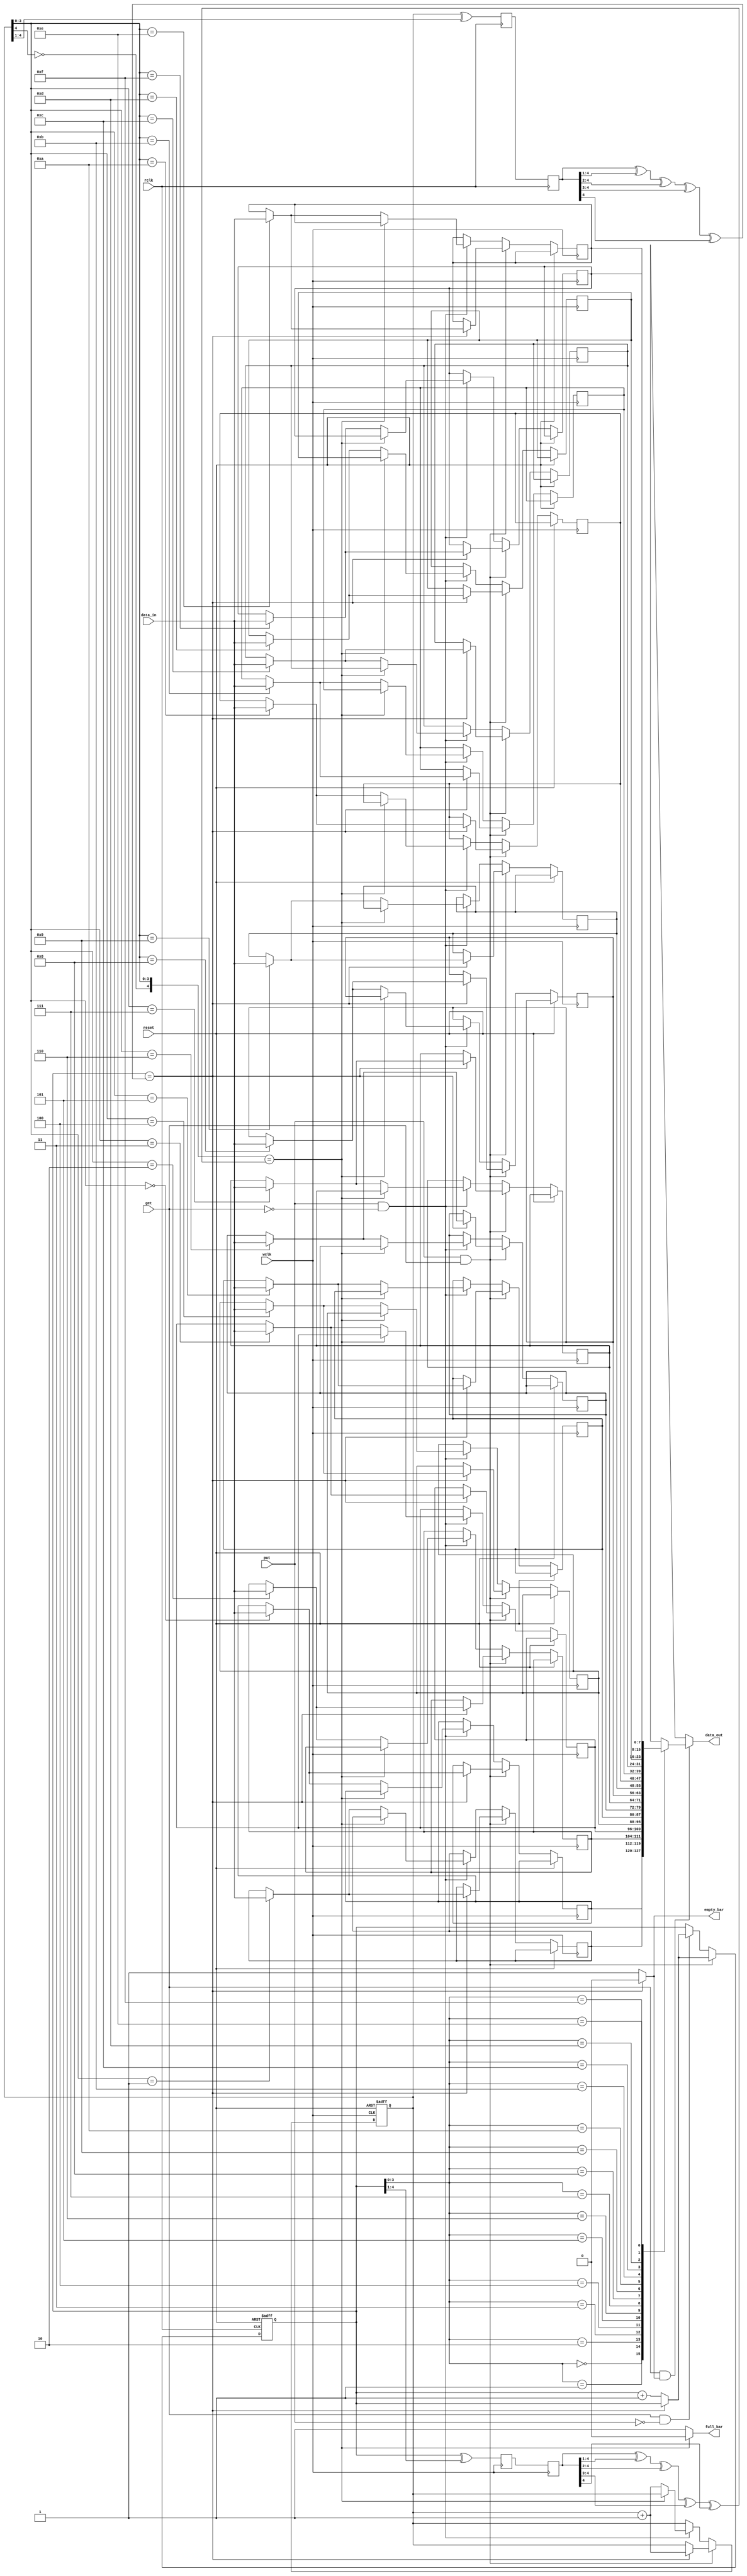
// Code by Shashank Shviashankar: Asynchronous FIFO using (N+1)-bit pointers and gray code conversions
// Reference [1]:  https://github.com/JonathanJing/Asynchronous-FIFO
// Reference [2]: https://www.verilogpro.com/asynchronous-fifo-design/


`timescale 1ns/100ps

module fifo1 #(parameter DEPTH = 16, parameter DATA_WIDTH = 8) (rclk, wclk, reset, put, get, data_in, empty_bar, full_bar, data_out);

function integer log;
 input integer n;
 begin
   log = 0;
   while(2**log < n)
   begin
     log = log + 1; 
   end
 end
endfunction

integer i; 
parameter ADDR_WIDTH = log(DEPTH);

input rclk, wclk, reset, put, get; 
input [DATA_WIDTH-1:0] data_in;

output empty_bar, full_bar;
output [DATA_WIDTH-1:0] data_out;

reg [ADDR_WIDTH:0] wptr, wptr_s, wptr_ss;
reg [ADDR_WIDTH:0] rptr, rptr_s, rptr_ss;

wire [ADDR_WIDTH:0] wptr_bin, wptr_gray;
wire [ADDR_WIDTH:0] rptr_bin, rptr_gray; 

reg [DATA_WIDTH-1:0] fifomem [DEPTH-1:0]; 

// Read pointer synchronized to the writer's side
always@(posedge wclk)
begin
  rptr_s <= rptr_gray;
  rptr_ss <= rptr_s; 
end

// Write pointer synchronized to the reader's side
always@(posedge rclk)
begin
  wptr_s <= wptr_gray;
  wptr_ss <= wptr_s; 
end

// Writing funtcion of the FIFO
always@(posedge wclk or posedge reset)
begin
  if(reset)
    wptr <= 0;
  else
  begin
    if(put && get)
    begin
      if(~empty_bar)
      begin
        wptr <= wptr + 1;
        fifomem[wptr[ADDR_WIDTH-1:0]] <= data_in; 
      end
    end

    else if(put && ~get)
    begin
      if(full_bar)
      begin
        wptr <= wptr + 1;
        fifomem[wptr[ADDR_WIDTH-1:0]] <= data_in;
      end
    end
  end
  
  $display("At time %d ns wclk = %b, rclk = %b, reset = %b, put = %b, get = %b, data_in = %h, data_out = %h, empty_bar = %b, full_bar = %b, Mem is: %h %h %h %h %h %h %h %h %h %h %h %h %h %h %h %h", $time, wclk, rclk, reset, put, get, data_in, data_out, empty_bar, full_bar, fifomem[0], fifomem[1], fifomem[2], fifomem[3], fifomem[4], fifomem[5], fifomem[6], fifomem[7], fifomem[8], fifomem[9], fifomem[10], fifomem[11], fifomem[12], fifomem[13], fifomem[14], fifomem[15]);
end

// Reading function of the FIFO
always@(posedge rclk or posedge reset)
begin
  if(reset)
    rptr <= 0;
  else
  begin
    if(get && put)
    begin
      if(empty_bar)
      begin
        rptr <= rptr + 1;
      end
    end

    else if(get && ~put)
    begin
      if(empty_bar)
      begin
        rptr <= rptr + 1;     
      end
    end
  end
  
  $display("At time %d ns wclk = %b, rclk = %b, reset = %b, put = %b, get = %b, data_in = %h, data_out = %h, empty_bar = %b, full_bar = %b, Mem is: %h %h %h %h %h %h %h %h %h %h %h %h %h %h %h %h", $time, wclk, rclk, reset, put, get, data_in, data_out, empty_bar, full_bar, fifomem[0], fifomem[1], fifomem[2], fifomem[3], fifomem[4], fifomem[5], fifomem[6], fifomem[7], fifomem[8], fifomem[9], fifomem[10], fifomem[11], fifomem[12], fifomem[13], fifomem[14], fifomem[15]);
end

// Binary to gray code conversion
assign wptr_gray = wptr ^ (wptr >> 1);
assign rptr_gray = rptr ^ (rptr >> 1); 

// Gray to binary code conversion
assign wptr_bin = wptr_ss ^ (wptr_ss >> 1) ^ (wptr_ss >> 2) ^ (wptr_ss >> 3) ^ (wptr_ss >> 4); 
assign rptr_bin = rptr_ss ^ (rptr_ss >> 1) ^ (rptr_ss >> 2) ^ (rptr_ss >> 3) ^ (rptr_ss >> 4);

// Empty_bar generation 
assign empty_bar = (rptr == wptr_bin) ? 0 : 1; 

// Full_bar generation
assign full_bar = ({~wptr[ADDR_WIDTH], wptr[ADDR_WIDTH-1:0]} == rptr_bin) ? 0 : 1; 

// Data out generation
assign data_out = (get && empty_bar) ? fifomem[rptr[ADDR_WIDTH-1:0]] : 8'bX; 
endmodule